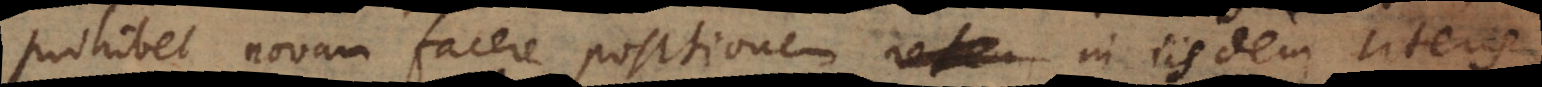
prohibet novam facere positionem in iisdem literis